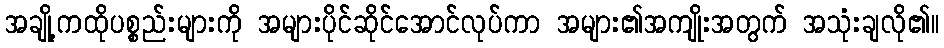
အချို့ကထိုပစ္စည်းများကို အများပိုင်ဆိုင်အောင်လုပ်ကာ အများ၏အကျိုးအတွက် အသုံးချလို၏။